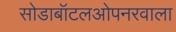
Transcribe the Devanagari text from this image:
सोडाबॉटलओपनरवाला